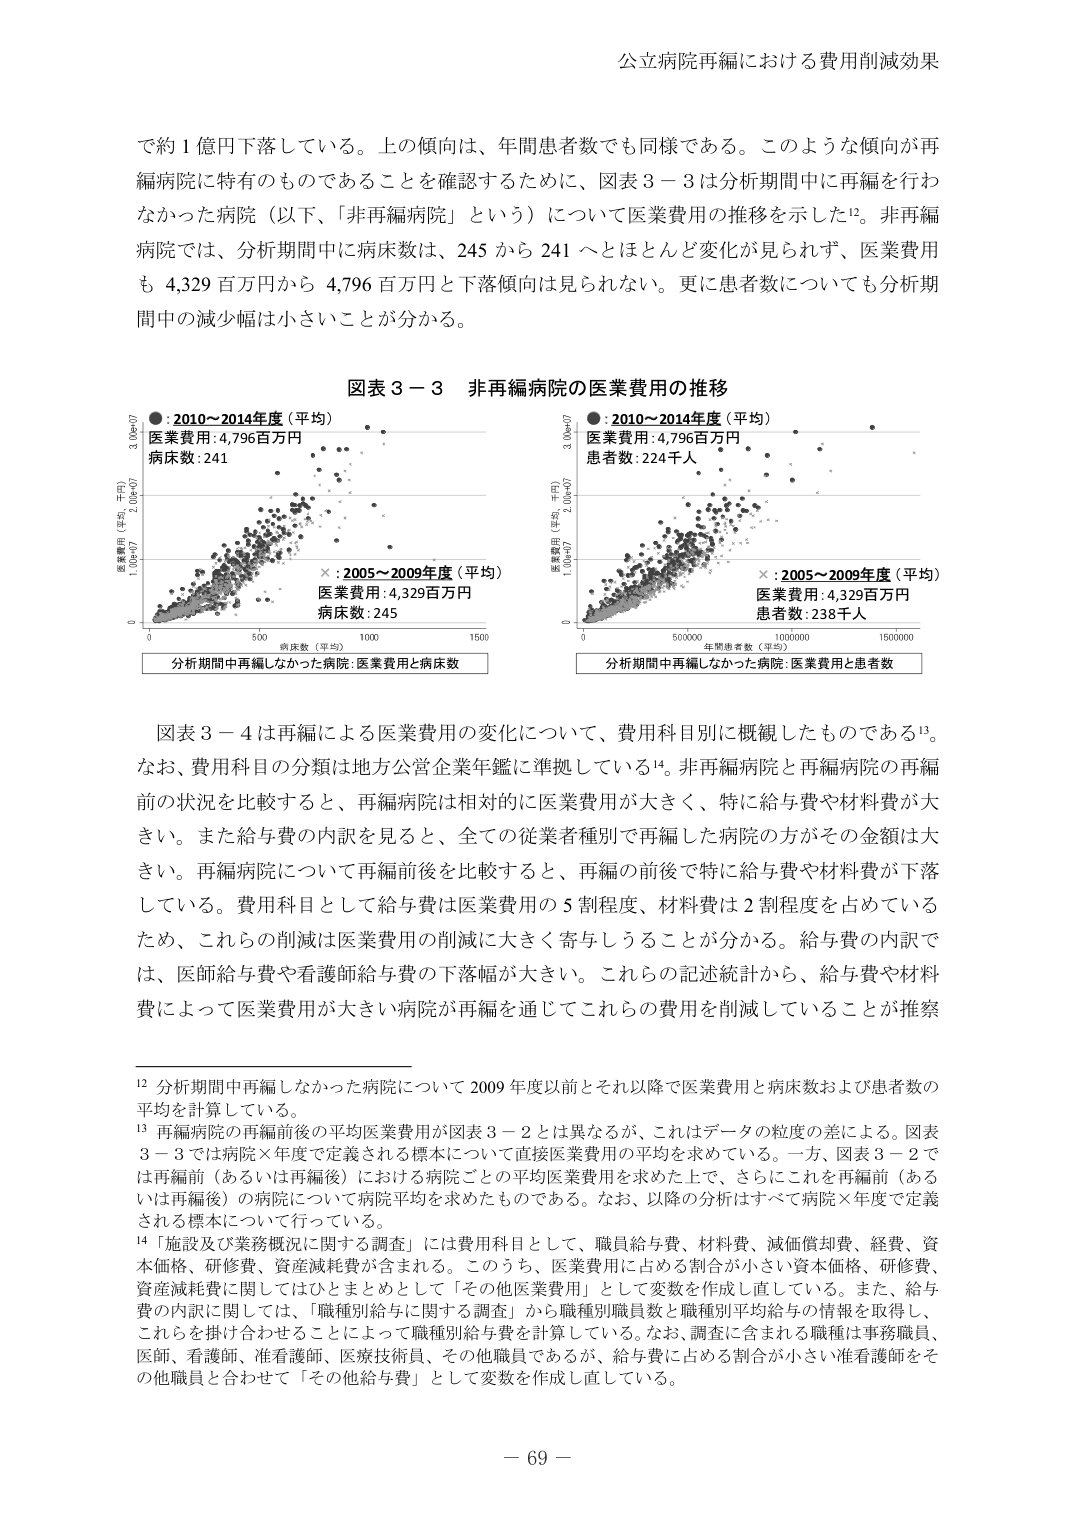
公立病院再編における費用削減効果

で約１億円下落している。上の傾向は、年間患者数でも同様である。このような傾向が再編病院に特有のものであることを確認するために、図表３－３は分析期間中に再編を行わなかった病院（以下、「非再編病院」という）について医業費用の推移を示した12。非再編病院では、分析期間中に病床数は、245 から 241 へとほとんど変化が見られず、医業費用も 4,329 百万円から 4,796 百万円と下落傾向は見られない。更に患者数についても分析期間中の減少幅は小さいことが分かる。

図表３－３ 非再編病院の医業費用の推移

●：2010～2014年度（平均）
医業費用：4,796百万円
病床数：241

×：2005～2009年度（平均）
医業費用：4,329百万円
病床数：245

分析期間中再編しなかった病院：医業費用と病床数

●：2010～2014年度（平均）
医業費用：4,796百万円
患者数：224千人

×：2005～2009年度（平均）
医業費用：4,329百万円
患者数：238千人

分析期間中再編しなかった病院：医業費用と患者数

図表３－４は再編による医業費用の変化について、費用科目別に概観したものである13。なお、費用科目の分類は地方公営企業年鑑に準拠している14。非再編病院と再編病院の再編前の状況を比較すると、再編病院は相対的に医業費用が大きく、特に給与費や材料費が大きい。また給与費の内訳を見ると、全ての従業者種別で再編した病院の方がその金額は大きい。再編病院について再編前後を比較すると、再編の前後で特に給与費や材料費が下落している。費用科目として給与費は医業費用の５割程度、材料費は２割程度を占めているため、これらの削減は医業費用の削減に大きく寄与しうることが分かる。給与費の内訳では、医師給与費や看護師給与費の下落幅が大きい。これらの記述統計から、給与費や材料費によって医業費用が大きい病院が再編を通じてこれらの費用を削減していることが推察

12 分析期間中再編しなかった病院について 2009 年度以前とそれ以降で医業費用と病床数および患者数の平均を計算している。

13 再編病院の再編前後の平均医業費用が図表３－２とは異なるが、これはデータの粒度の差による。図表３－３では病院×年度で定義される標本について直接医業費用の平均を求めている。一方、図表３－２では再編前（あるいは再編後）における病院ごとの平均医業費用を求めた上で、さらにこれを再編前（あるいは再編後）の病院について病院平均を求めたものである。なお、以降の分析はすべて病院×年度で定義される標本について行っている。

14 「施設及び業務概況に関する調査」には費用科目として、職員給与費、材料費、減価償却費、経費、資本価格、研修費、資産減耗費が含まれる。このうち、医業費用に占める割合が小さい資本価格、研修費、資産減耗費に関してはひとまとめとして「その他医業費用」として変数を作成し直している。また、給与費の内訳に関しては、「職種別給与に関する調査」から職種別職員数と職種別平均給与の情報を取得し、これらを掛け合わせることによって職種別給与費を計算している。なお、調査に含まれる職種は事務職員、医師、看護師、准看護師、医療技術員、その他職員であるが、給与費に占める割合が小さい准看護師をその他職員と合わせて「その他給与費」として変数を作成し直している。

－ 69 －